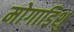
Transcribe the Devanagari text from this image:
मोगाडिशु